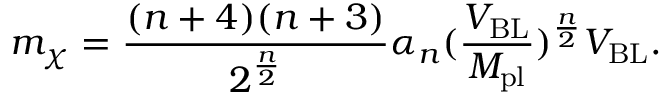
m _ { \chi } = \frac { ( n + 4 ) ( n + 3 ) } { 2 ^ { \frac { n } { 2 } } } \alpha _ { n } ( \frac { V _ { \mathrm { B L } } } { M _ { \mathrm { p l } } } ) ^ { \frac { n } { 2 } } V _ { \mathrm { B L } } .